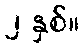
၂ နှစ်။